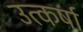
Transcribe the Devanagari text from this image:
उत्कर्षा